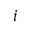
^ { \, i }